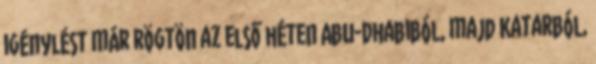
igénylést már rögtön az első héten Abu-Dhabiból, majd Katarból,